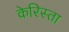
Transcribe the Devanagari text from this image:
केरिस्ता